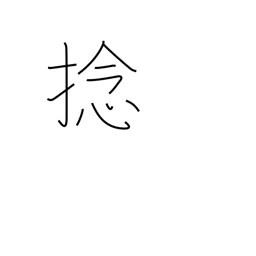
Meaning: twirl